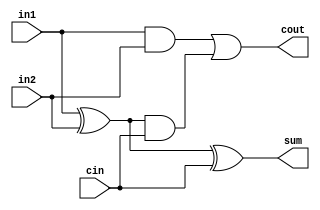
module full_adder_1bit(
    input in1,
    input in2,
    input cin,
    output sum,
    output cout
);
    wire w1, w2, w3;
    xor x1(w1, in1, in2);
    xor x2(sum, w1, cin);
    
    
    and a1(w2, in1, in2);
    and a2(w3, w1, cin);
    or o1(cout, w2, w3);

endmodule